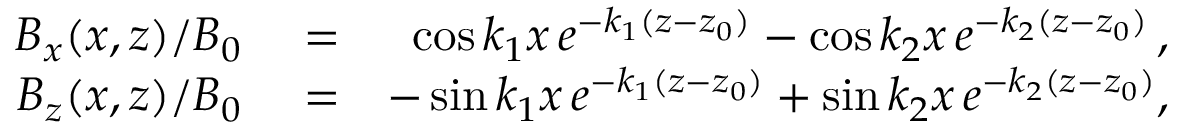
\begin{array} { r l r } { B _ { x } ( x , z ) / B _ { 0 } } & { { } = } & { \cos k _ { 1 } x \, e ^ { - k _ { 1 } ( z - z _ { 0 } ) } - \cos k _ { 2 } x \, e ^ { - k _ { 2 } ( z - z _ { 0 } ) } \, , } \\ { B _ { z } ( x , z ) / B _ { 0 } } & { { } = } & { - \sin k _ { 1 } x \, e ^ { - k _ { 1 } ( z - z _ { 0 } ) } + \sin k _ { 2 } x \, e ^ { - k _ { 2 } ( z - z _ { 0 } ) } , } \end{array}